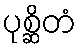
ပုစ္ဆိတံ